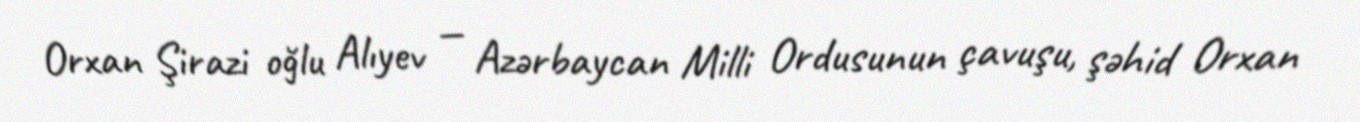
Orxan Şirazi oğlu Alıyev — Azərbaycan Milli Ordusunun çavuşu, şəhid Orxan